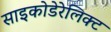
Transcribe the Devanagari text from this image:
साइकोडेरेलिक्ट